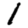
Digit: 1